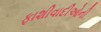
ફાશીવાદીઓની